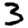
Digit: 3